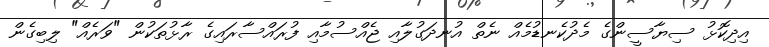
އިދިކޮޅު ސިޔާސީންގެ މެދުކެނޑުމެއް ނެތް އުނދަގުލާއި ޖެއްސުމާއި ފުރައްސާރައިގެ ރާޅުތަކުން "ވަރެއް" ލިބިގެން